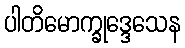
ပါတိမောက္ခုဒ္ဒေသေန